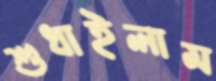
শুধাইলাম